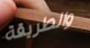
والطريقة